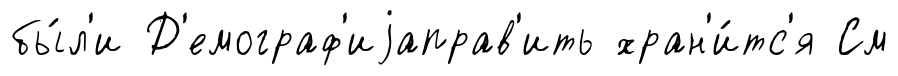
бы́л'и Д'емограф'иjаправ'ить хран'и́тс'я См